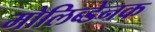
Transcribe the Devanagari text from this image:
मोलिब्डेनक